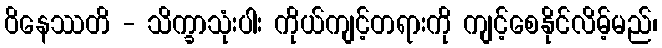
ဝိနေဿတိ - သိက္ခာသုံးပါး ကိုယ်ကျင့်တရားကို ကျင့်စေနိုင်လိမ့်မည်၊